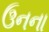
ઉનના